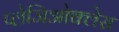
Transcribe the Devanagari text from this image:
प्लेजिओक्लेस